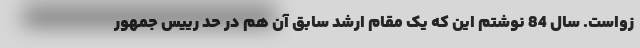
زواست. سال 84 نوشتم این که یک مقام ارشد سابق آن هم در حد رییس جمهور